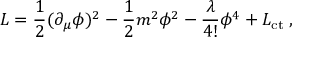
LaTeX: { \cal L } = \frac { 1 } { 2 } ( \partial _ { \mu } \phi ) ^ { 2 } - \frac { 1 } { 2 } m ^ { 2 } \phi ^ { 2 } - \frac { \lambda } { 4 ! } \phi ^ { 4 } + { \cal L } _ { \mathrm { c t } } \; ,